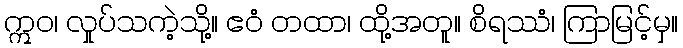
ဣဝ၊ လှုပ်သကဲ့သို့။ ဧဝံ တထာ၊ ထို့အတူ။ စိရဿံ၊ ကြာမြင့်မှ။